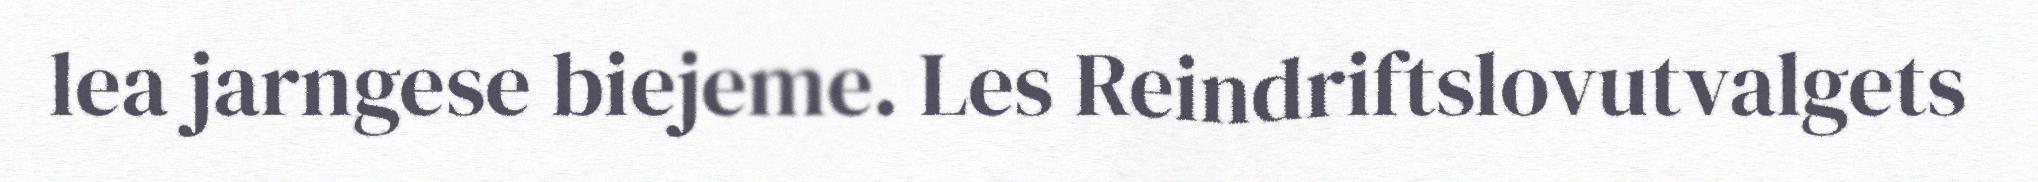
lea jarngese biejeme. Les Reindriftslovutvalgets